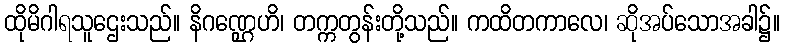
ထိုမိဂါရသူဌေးသည်။ နိဂဏ္ဌေဟိ၊ တက္ကတွန်းတို့သည်။ ကထိတကာလေ၊ ဆိုအပ်သောအခါ၌။